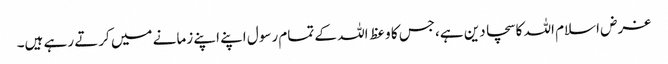
غرض اسلام اللہ کا سچا دین ہے،جس کا وعظ اللہ کے تمام رسول اپنے اپنے زمانے میں کرتے رہے ہیں۔